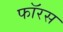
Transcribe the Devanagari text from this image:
फॉरस